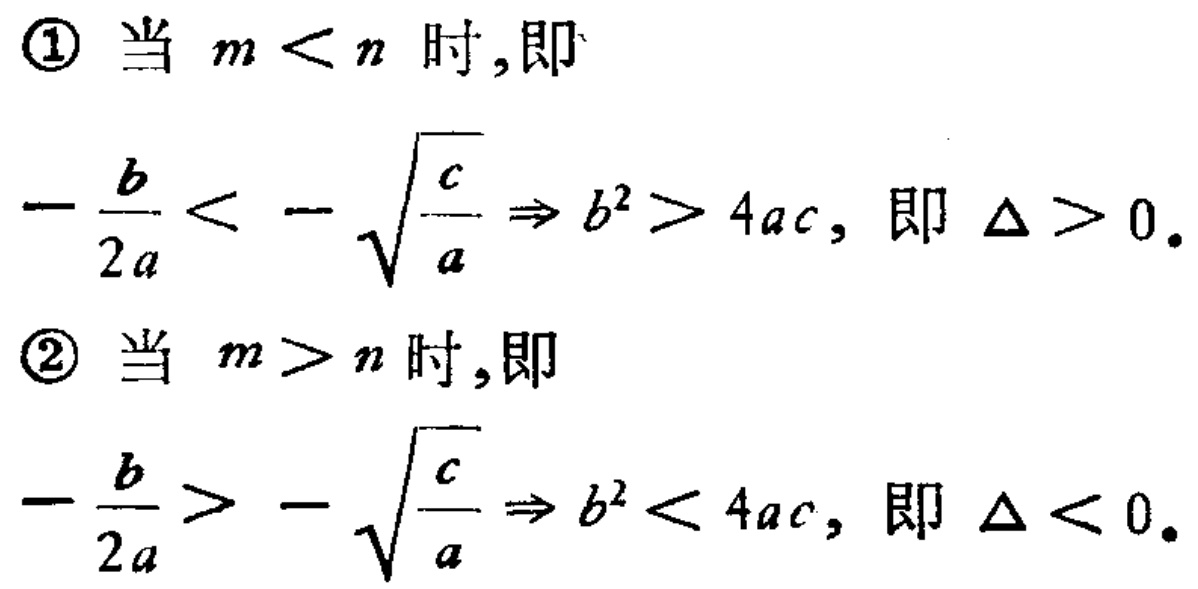
\textcircled{1} 当 \(m < n\) 时,即
\(-\frac{b}{2a} < -\sqrt{\frac{c}{a}} \Rightarrow b^{2} > 4ac,\) 即 \(\Delta > 0\).
\textcircled{2} 当 \(m > n\) 时,即
\(-\frac{b}{2a} > -\sqrt{\frac{c}{a}} \Rightarrow b^{2} < 4ac,\) 即 \(\Delta < 0\).